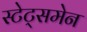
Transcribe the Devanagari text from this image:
स्टेट्समेन